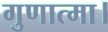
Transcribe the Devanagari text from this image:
गुणात्मा।